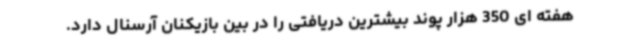
هفته ای 350 هزار پوند بیشترین دریافتی را در بین بازیکنان آرسنال دارد.